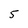
Character: 5